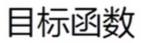
目标函数